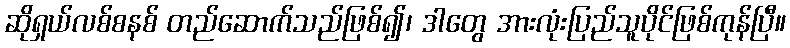
ဆိုရှယ်လစ်စနစ် တည်ဆောက်သည်ဖြစ်၍၊ ဒါတွေ အားလုံးပြည်သူပိုင်ဖြစ်ကုန်ပြီ။